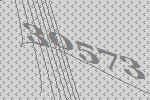
30573